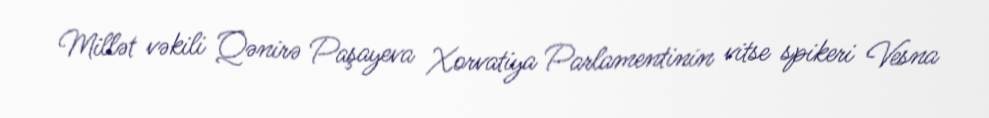
Millət vəkili Qənirə Paşayeva Xorvatiya Parlamentinin vitse spikeri Vesna